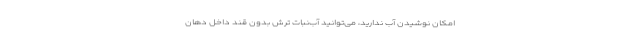
امکان نوشیدن آب ندارید، می‌توانید آب‌نبات ترش بدون قند داخل دهان